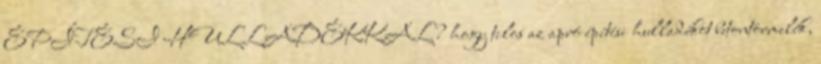
ÉPÍTÉSI HULLADÉKKAL? hogy tilos az apró építési hulladékot betontörmelék,